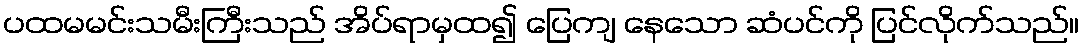
ပထမမင်းသမီးကြီးသည် အိပ်ရာမှထ၍ ပြေကျ နေသော ဆံပင်ကို ပြင်လိုက်သည်။